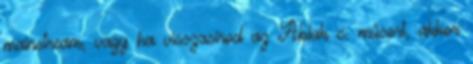
mainstream, vagy ha visszasírod az Ablak c. műsort, akkor